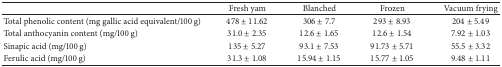
<table><thead><tr><td><b> </b></td><td><b>Fresh yam</b></td><td><b>Blanched</b></td><td><b>Frozen </b></td><td><b>Vacuum frying </b></td></tr></thead><tbody><tr><td>Total phenolic content (mg gallic acid equivalent/100 g)</td><td>478 ± 11.62</td><td>306 ± 7.7</td><td>293 ± 8.93</td><td>204 ± 5.49</td></tr><tr><td>Total anthocyanin content (mg/100 g)</td><td>31.0 ± 2.35</td><td>12.6 ± 1.65</td><td>12.6 ± 1.54</td><td>7.92 ± 1.03</td></tr><tr><td>Sinapic acid (mg/100 g)</td><td>135 ± 5.27</td><td>93.1 ± 7.53</td><td>91.73 ± 5.71</td><td>55.5 ± 3.32</td></tr><tr><td>Ferulic acid (mg/100 g)</td><td>31.3 ± 1.08</td><td>15.94 ± 1.15</td><td>15.77 ± 1.05</td><td>9.48 ± 1.11</td></tr></tbody></table>